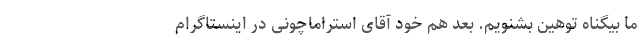
ما بیگناه توهین بشنویم. بعد هم خود آقای استراماچونی در اینستاگرام